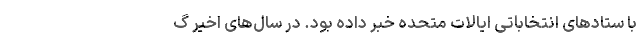
با ستادهای انتخاباتی ایالات متحده خبر داده بود. در سال‌های اخیر گ